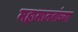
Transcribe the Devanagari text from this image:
महामानवांच्या